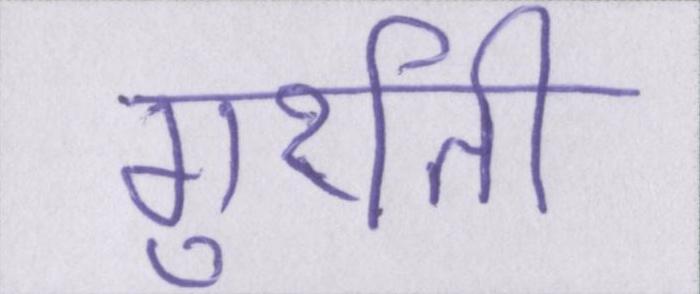
गुर्राती